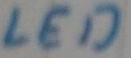
Text: LED